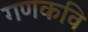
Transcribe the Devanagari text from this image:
गणकवि